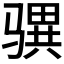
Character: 𩨎